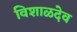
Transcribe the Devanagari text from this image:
विशाळदेव